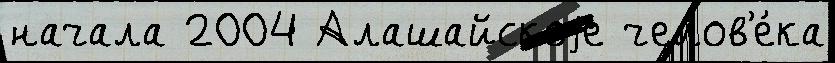
начала 2004 Алашайскоjе челов'е́ка